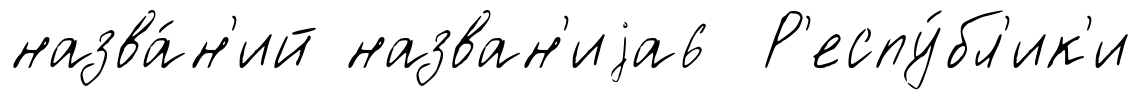
назва́н'ий назван'иjа6 Р'еспу́бл'ик'и